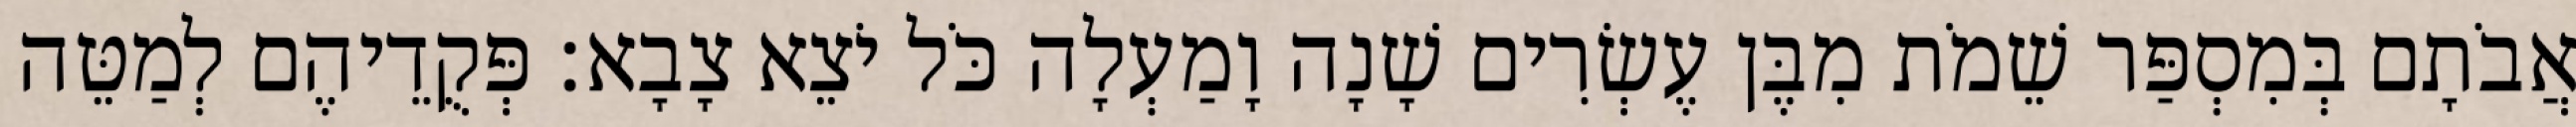
אֲבֹתָם בְּמִסְפַּר שֵׁמֹת מִבֶּן עֶשְׂרִים שָׁנָה וָמַעְלָה כֹּל יֹצֵא צָבָא׃ פְּקֻדֵיהֶם לְמַטֵּה